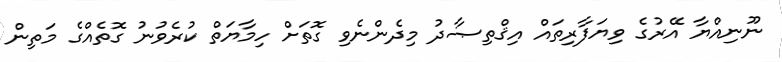
ނޫނިއްޔާ އޭރުގެ ވިޔަފާރިތައް އިޤްތިޞާދު މިދެންނެވި ގޮތަށް ހިމާޔަތް ކުރެވުނު ގޮތެއްގެ މަތިން